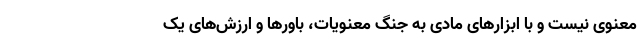
معنوی نیست و با ابزارهای مادی به جنگ معنویات، باورها و ارزش‌های یک